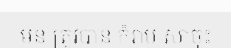
មន ត្រូវបាន កំរាប សាចុះ